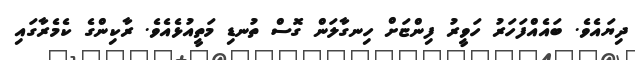
ދިޔައެވެ. ބައެއްފަހަރު ހަވީރު ފިންޏަށް ހިނގާލަން ގޮސް ތުނޑި މަތީއުޅެއެވެ. ރާކިންގެ ކެމެރާގައި